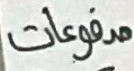
مدفوعات